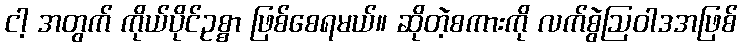
ငါ့ အတွက် ကိုယ်ပိုင်ဥစ္စာ ဖြစ်စေရမယ်။ ဆိုတဲ့စကားကို လက်စွဲဩဝါဒအဖြစ်